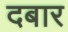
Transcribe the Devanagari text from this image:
दबार